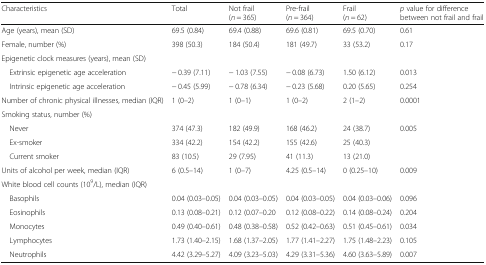
<table><thead><tr><td><b>Characteristics</b></td><td><b>Total</b></td><td><b>Not frail (<i>n</i> = 365)</b></td><td><b>Pre-frail (<i>n</i> = 364)</b></td><td><b>Frail (<i>n</i> = 62)</b></td><td><b><i>p</i> value for difference between not frail and frail</b></td></tr></thead><tbody><tr><td>Age (years), mean (SD)</td><td>69.5 (0.84)</td><td>69.4 (0.88)</td><td>69.6 (0.81)</td><td>69.5 (0.70)</td><td>0.61</td></tr><tr><td>Female, number (%)</td><td>398 (50.3)</td><td>184 (50.4)</td><td>181 (49.7)</td><td>33 (53.2)</td><td>0.17</td></tr><tr><td colspan="6">Epigenetic clock measures (years), mean (SD)</td></tr><tr><td> Extrinsic epigenetic age acceleration</td><td>− 0.39 (7.11)</td><td>− 1.03 (7.55)</td><td>− 0.08 (6.73)</td><td>1.50 (6.12)</td><td>0.013</td></tr><tr><td> Intrinsic epigenetic age acceleration</td><td>− 0.45 (5.99)</td><td>− 0.78 (6.34)</td><td>− 0.23 (5.68)</td><td>0.20 (5.65)</td><td>0.254</td></tr><tr><td>Number of chronic physical illnesses, median (IQR)</td><td>1 (0–2)</td><td>1 (0–1)</td><td>1 (0–2)</td><td>2 (1–2)</td><td>0.0001</td></tr><tr><td colspan="6">Smoking status, number (%)</td></tr><tr><td> Never</td><td>374 (47.3)</td><td>182 (49.9)</td><td>168 (46.2)</td><td>24 (38.7)</td><td>0.005</td></tr><tr><td> Ex-smoker</td><td>334 (42.2)</td><td>154 (42.2)</td><td>155 (42.6)</td><td>25 (40.3)</td><td></td></tr><tr><td> Current smoker</td><td>83 (10.5)</td><td>29 (7.95)</td><td>41 (11.3)</td><td>13 (21.0)</td><td></td></tr><tr><td>Units of alcohol per week, median (IQR)</td><td>6 (0.5–14)</td><td>1 (0–7)</td><td>4.25 (0.5–14)</td><td>0 (0.25–10)</td><td>0.009</td></tr><tr><td colspan="6">White blood cell counts (10<sup>9</sup>/L), median (IQR)</td></tr><tr><td> Basophils</td><td>0.04 (0.03–0.05)</td><td>0.04 (0.03–0.05)</td><td>0.04 (0.03–0.05)</td><td>0.04 (0.03–0.06)</td><td>0.096</td></tr><tr><td> Eosinophils</td><td>0.13 (0.08–0.21)</td><td>0.12 (0.07–0.20</td><td>0.12 (0.08–0.22)</td><td>0.14 (0.08–0.24)</td><td>0.204</td></tr><tr><td> Monocytes</td><td>0.49 (0.40–0.61)</td><td>0.48 (0.38–0.58)</td><td>0.52 (0.42–0.63)</td><td>0.51 (0.45–0.61)</td><td>0.034</td></tr><tr><td> Lymphocytes</td><td>1.73 (1.40–2.15)</td><td>1.68 (1.37–2.05)</td><td>1.77 (1.41–2.27)</td><td>1.75 (1.48–2.23)</td><td>0.105</td></tr><tr><td> Neutrophils</td><td>4.42 (3.29–5.27)</td><td>4.09 (3.23–5.03)</td><td>4.29 (3.31–5.36)</td><td>4.60 (3.63–5.89)</td><td>0.007</td></tr></tbody></table>